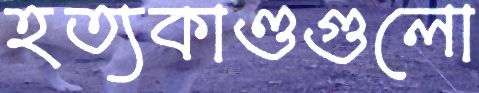
হত্যকাণ্ডগুলো